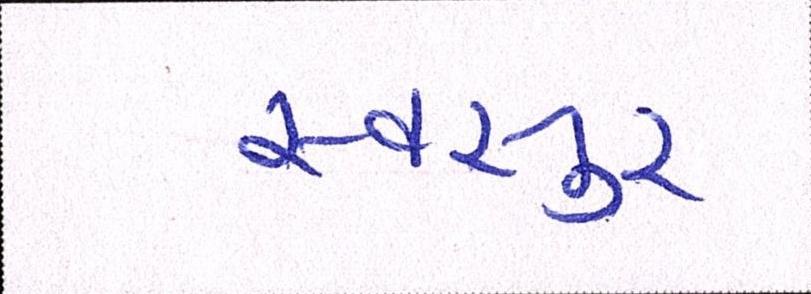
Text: સ્વસુર